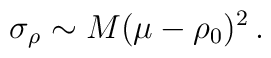
\sigma _{\rho }\sim M(\mu -\rho _{0})^{2}\,.